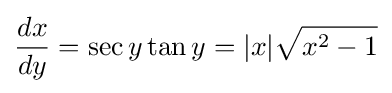
{\frac {dx}{dy}}=\sec y\tan y=|x|{\sqrt {x^{2}-1}}